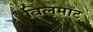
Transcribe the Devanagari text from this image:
विलमाँट